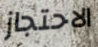
الاحتجاز